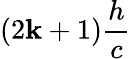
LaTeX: (2\mathbf{k}+1)\frac{{h}}{{c}}